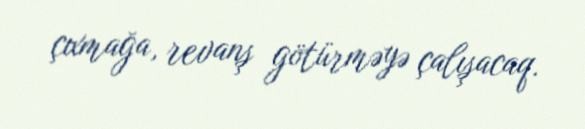
çıxmağa, revanş götürməyə çalışacaq.